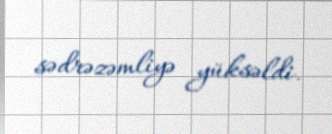
sədrəzəmliyə yüksəldi.